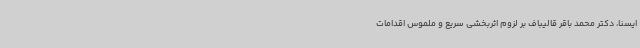
ایسنا، دکتر محمد باقر قالیباف بر لزوم اثربخشی سریع و ملموس اقدامات